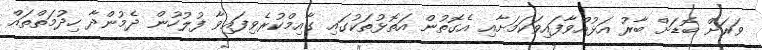
ވަރަށް ބޮޑަށް ބާރު އަޅުއްވާފައިވަކަމަށާއި އެގޮތުން އަތޮޅުތަކުގައި ގާއިމްކުރެވިފައިވާ ފުލުހުން ދެމުންދާ ހިދުމަތްތައް